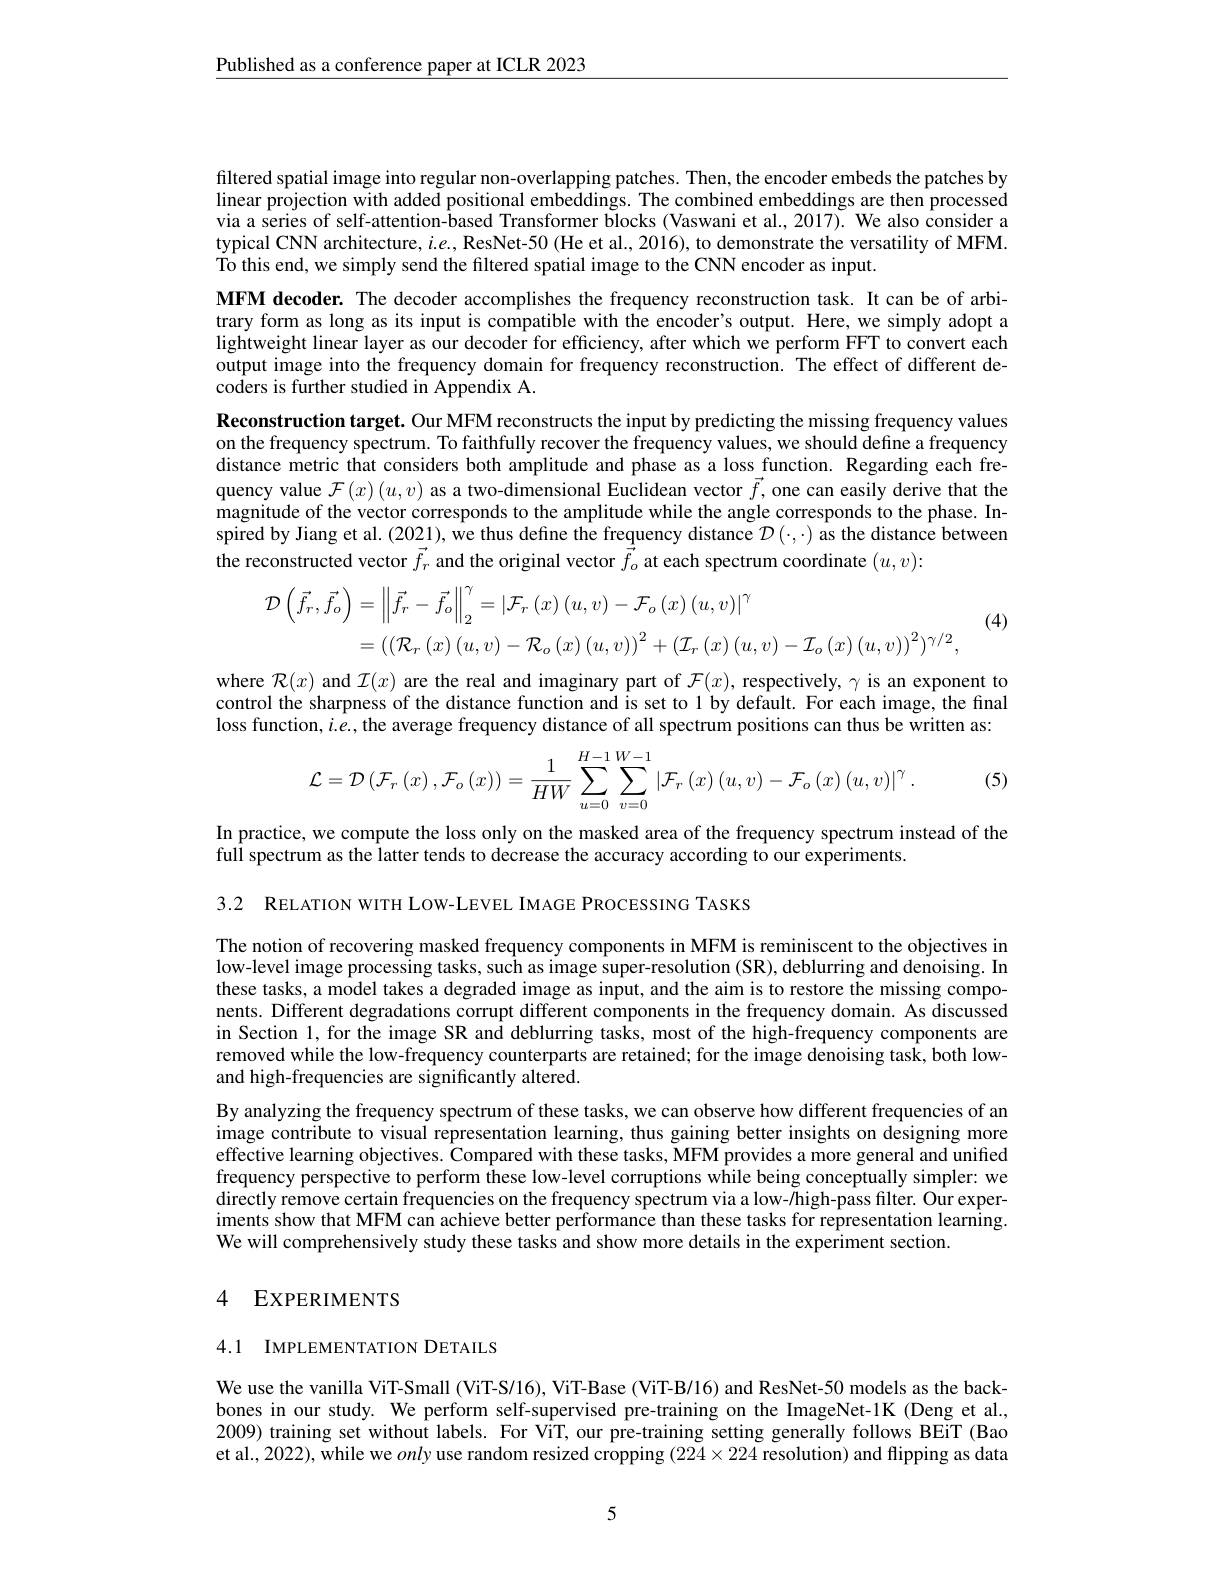
$\underline{\text{Published as a conference paper at ICLR 2023}}$

filtered spatial image into regular non-overlapping patches. Then, the encoder embeds the patches by linear projection with added positional embeddings. The combined embeddings are then processed via a series of self-attention-based Transformer blocks (Vaswani et al., 2017). We also consider a typical CNN architecture, $i.e.$, ResNet-50 (He et al., 2016), to demonstrate the versatility of MFM. To this end, we simply send the filtered spatial image to the CNN encoder as input.
MFM decoder. The decoder accomplishes the frequency reconstruction task. It can be of arbitrary form as long as its input is compatible with the encoder's output. Here, we simply adopt a lightweight linear layer as our decoder for efficiency, after which we perform FFT to convert each output image into the frequency domain for frequency reconstruction. The effect of different decoders is further studied in Appendix A.
Reconstruction target. Our MFM reconstructs the input by predicting the missing frequency values on the frequency spectrum. To faithfully recover the frequency values, we should define a frequency distance metric that considers both amplitude and phase as a loss function. Regarding each frequency value $\mathcal{F}\left(x\right)\left(u,v\right)$ as a two-dimensional Euclidean vector $\vec{f}$, one can easily derive that the magnitude of the vector corresponds to the amplitude while the angle corresponds to the phase. Inspired by Jiang et al. (2021), we thus define the frequency distance $\mathcal{D}\left(\cdot,\cdot\right)$ as the distance between the reconstructed vector $\vec{f}_r$ and the original vector $\vec{\vec{f}}_o$ at each spectrum coordinate $(u,v):$

(4)
$$\begin{aligned}\mathcal{D}\left(\vec{f}_{r},\vec{f}_{o}\right)&=\left\|\vec{f}_{r}-\vec{f}_{o}\right\|_{2}^{\gamma}=\left|\mathcal{F}_{r}\left(x\right)\left(u,v\right)-\mathcal{F}_{o}\left(x\right)\left(u,v\right)\right|^{\gamma}\\&=\left(\left(\mathcal{R}_{r}\left(x\right)\left(u,v\right)-\mathcal{R}_{o}\left(x\right)\left(u,v\right)\right)^{2}+\left(\mathcal{I}_{r}\left(x\right)\left(u,v\right)-\mathcal{I}_{o}\left(x\right)\left(u,v\right)\right)^{2}\right)^{\gamma/2},\end{aligned}$$
where $\mathcal{R}(x)$ and $\mathcal{I}(x)$ are the real and imaginary part of $\mathcal{F}(x)$, respectively, $\gamma$ is an exponent to control the sharpness of the distance function and is set to 1 by default. For each image, the final loss function, $i.e.$, the average frequency distance of all spectrum positions can thus be written as:
$$\mathcal{L}=\mathcal{D}\left(\mathcal{F}_{r}\left(x\right),\mathcal{F}_{o}\left(x\right)\right)=\frac{1}{HW}\sum_{u=0}^{H-1}\sum_{v=0}^{W-1}\left|\mathcal{F}_{r}\left(x\right)\left(u,v\right)-\mathcal{F}_{o}\left(x\right)\left(u,v\right)\right|^{\gamma}.$$
(5)

In practice, we compute the loss only on the masked area of the frequency spectrum instead of the
fulÎ spectrum as the latter tends to decrease the accuracy according to our experiments.

3.2 RELATION WITH LOW-LEVEL IMAGE PROCESSING TASKS

The notion of recovering masked frequency components in MFM is reminiscent to the objectives in low-level image processing tasks, such as image super-resolution (SR), deblurring and denoising. In these tasks, a model takes a degraded image as input, and the aim is to restore the missing components. Different degradations corrupt different components in the frequency domain. As discussed in Section 1, for the image SR and deblurring tasks, most of the high-frequency components are removed while the low-frequency counterparts are retained; for the image denoising task, both lowand high-frequencies are significantly altered.

By analyzing the frequency spectrum of these tasks, we can observe how different frequencies of an image contribute to visual representation learning, thus gaining better insights on designing more effective learning objectives. Compared with these tasks, MFM provides a more general and unified frequency perspective to perform these low-level corruptions while being conceptually simpler: we directly remove certain frequencies on the frequency spectrum via a low-/high-pass filter. Our experiments show that MFM can achieve better performance than these tasks for representation learning. We will comprehensively study these tasks and show more details in the experiment section.

## 4 EXPERIMENTS

## 4.1 IMPLEMENTATION DETAILS

We use the vanilla ViT-Small (ViT-S/16), ViT-Base (ViT-B/16) and ResNet-50 models as the backbones in our study. We perform self-supervised pre-training on the ImageNet-1K (Deng et al., 2009) training set without labels. For ViT, our pre-training setting generally follows BEiT (Bao et al., 2022), while we only use random resized cropping $(224\times224$ resolution) and flipping as data

5